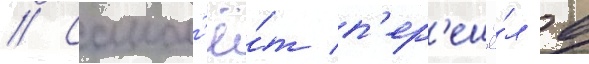
// Самол'ё́т п'ер'ешё́л в